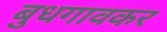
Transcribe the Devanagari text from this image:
बुधगावकर